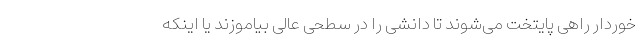
خوردار راهی پایتخت می‌شوند تا دانشی را در سطحی عالی بیاموزند یا اینکه